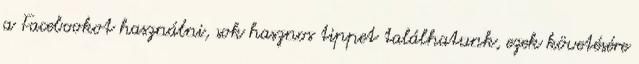
a Facebookot használni, sok hasznos tippet találhatunk, ezek követésére